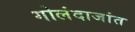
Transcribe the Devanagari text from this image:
गोलंदाजांत